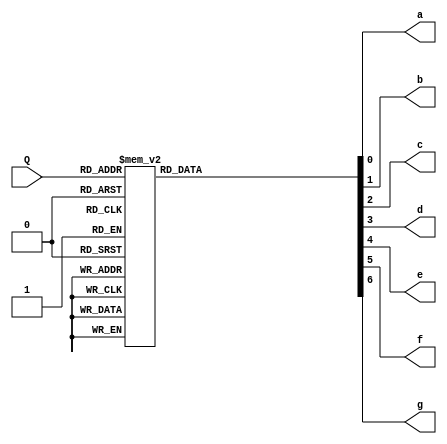
`timescale 1ns / 1ps
//////////////////////////////////////////////////////////////////////////////////
// Company: 
// Engineer: 
// 
// Design Name: 
// Module Name: lab4
// Project Name: 
// Target Devices: 
// Tool Versions: 
// Description: 
// 
// Dependencies: 
// 
// Revision:
// Revision 0.01 - File Created
// Additional Comments:
// 
//////////////////////////////////////////////////////////////////////////////////


module SSD(Q,a,b,c,d,e,f,g);
input [3:0]Q;
output reg a,b,c,d,e,f,g;
always @(Q) begin 
case (Q) 
0: begin a=0;b=0;c=0;d=0;e=0;f=0;g=1; end
1:  begin a=1;b=0;c=0;d=1; e=1; f=1; g=1; end
2:  begin a=0;b=0;d=0;e=0;g=0;c=1; f=1; end
3:  begin a=0;b=0;c=0;d=0;g=0;e=1; f=1; end
4:  begin a=1;b=0;c=0;d=1;e=1;g=0; d=1; f=0; end
5:  begin a=0;c=0;d=0;g=0;f=0;b=1; e=1; end
6:  begin a=0;b=1; g=0;c=0;d=0;e=0;f=0; end
7:  begin a=0;b=0;c=0; d=1; e=1; f=1; g=1; end
8:  begin a=0;b=0;c=0;d=0;e=0;f=0; g=0; end
9:  begin a=0;b=0;c=0;d=0;f=0;g=0; e=1; end
10: begin d=1;a=0;b=0;c=0;g=0;e=0;f=0; end
11: begin a=1; b=1;g=0;c=0;d=0;e=0;f=0; end
12: begin a=0;d=0;e=0; b=1; c=1; f=0;g=1;end
13: begin a=1;b=0;c=0;d=0;e=0;f=1;g=0; end
14: begin b=1; c=1; a=0;g=0;d=0;e=0;f=0; end
15: begin b=1; c=1; d=1;a=0;g=0;e=0;f=0; end
endcase 
end
endmodule



module lab4(clk,upd,reset,Q);
input clk,upd,reset;
output reg [3:0]Q;

always @(posedge clk or posedge reset)
if (reset==1) Q<=4'b0;
else if (upd==1) Q<=Q+1;
else Q<=Q-1;
endmodule

module lab4_all(clk,upd,reset,Q0,Q1,Q2,Q3,a, b, c, d, e, f, g,a0,a1,a2,a3);
input clk, reset, upd; 
output reg a0,a1,a2,a3;
output Q3, Q2, Q1, Q0, a, b, c, d, e, f, g; 
reg Q3, Q2, Q1, Q0;
wire [3:0] Q; 
initial begin
a0=1'b0;
a1=1'b1;
a2=1'b1;
a3=1'b1;
end
SSD S(Q,a,b,c,d,e,f,g);
lab4 L(clk,upd,reset,Q);

always @(Q) begin
Q3=Q[3];
Q2=Q[2];
Q1=Q[1];
Q0=Q[0];
end
endmodule